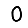
Digit: 0